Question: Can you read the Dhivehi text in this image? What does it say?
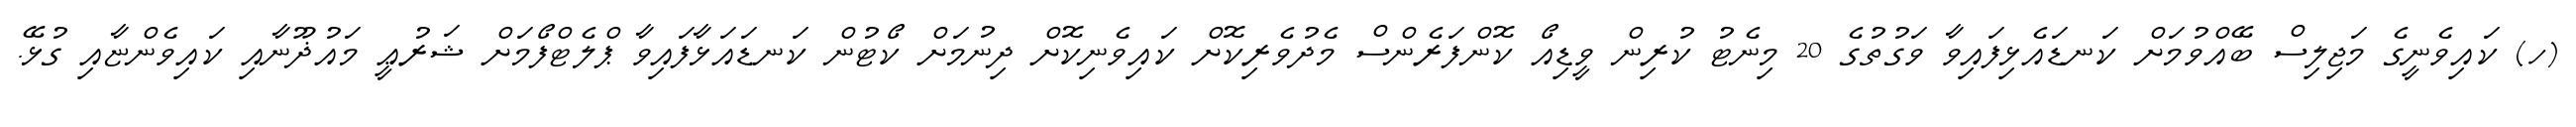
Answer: (ހ) ކައިވެނީގެ މަޖިލިސް ބޭއްވުމަށް ކަނޑައެޅިފައިވާ ވަގުތުގެ 20 މިނެޓު ކުރިން ވީޑިއޯ ކޮންފަރެންސް މެދުވެރިކޮށް ކައިވެނިކޮށް ދިނުމަށް ކޯޓުން ކަނޑައަޅާފައިވާ ޕްލެޓްފޯމަށް ޝަރުޢީ މައުޛޫނާއި ކައިވެންޏާއި ގުޅޭ.